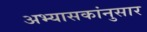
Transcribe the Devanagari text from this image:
अभ्यासकांनुसार